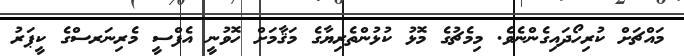
މައްޗަށް ކުރިހޯދައިގެންނެވެ. މިމެޗުގެ މޮޅު ކުޅުންތެރިޔާގެ މަޤާމަށް ހޮވުނީ އެފްސީ މެރިނަރސްގެ ކީޕަރު